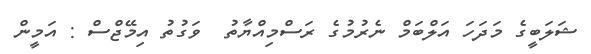
ޝަލަބީގެ މަދަހަ އަލްބަމް ނެރުމުގެ ރަސްމިއްޔާތު  ވަގުތު އިމޭޖްސް : އަމީން